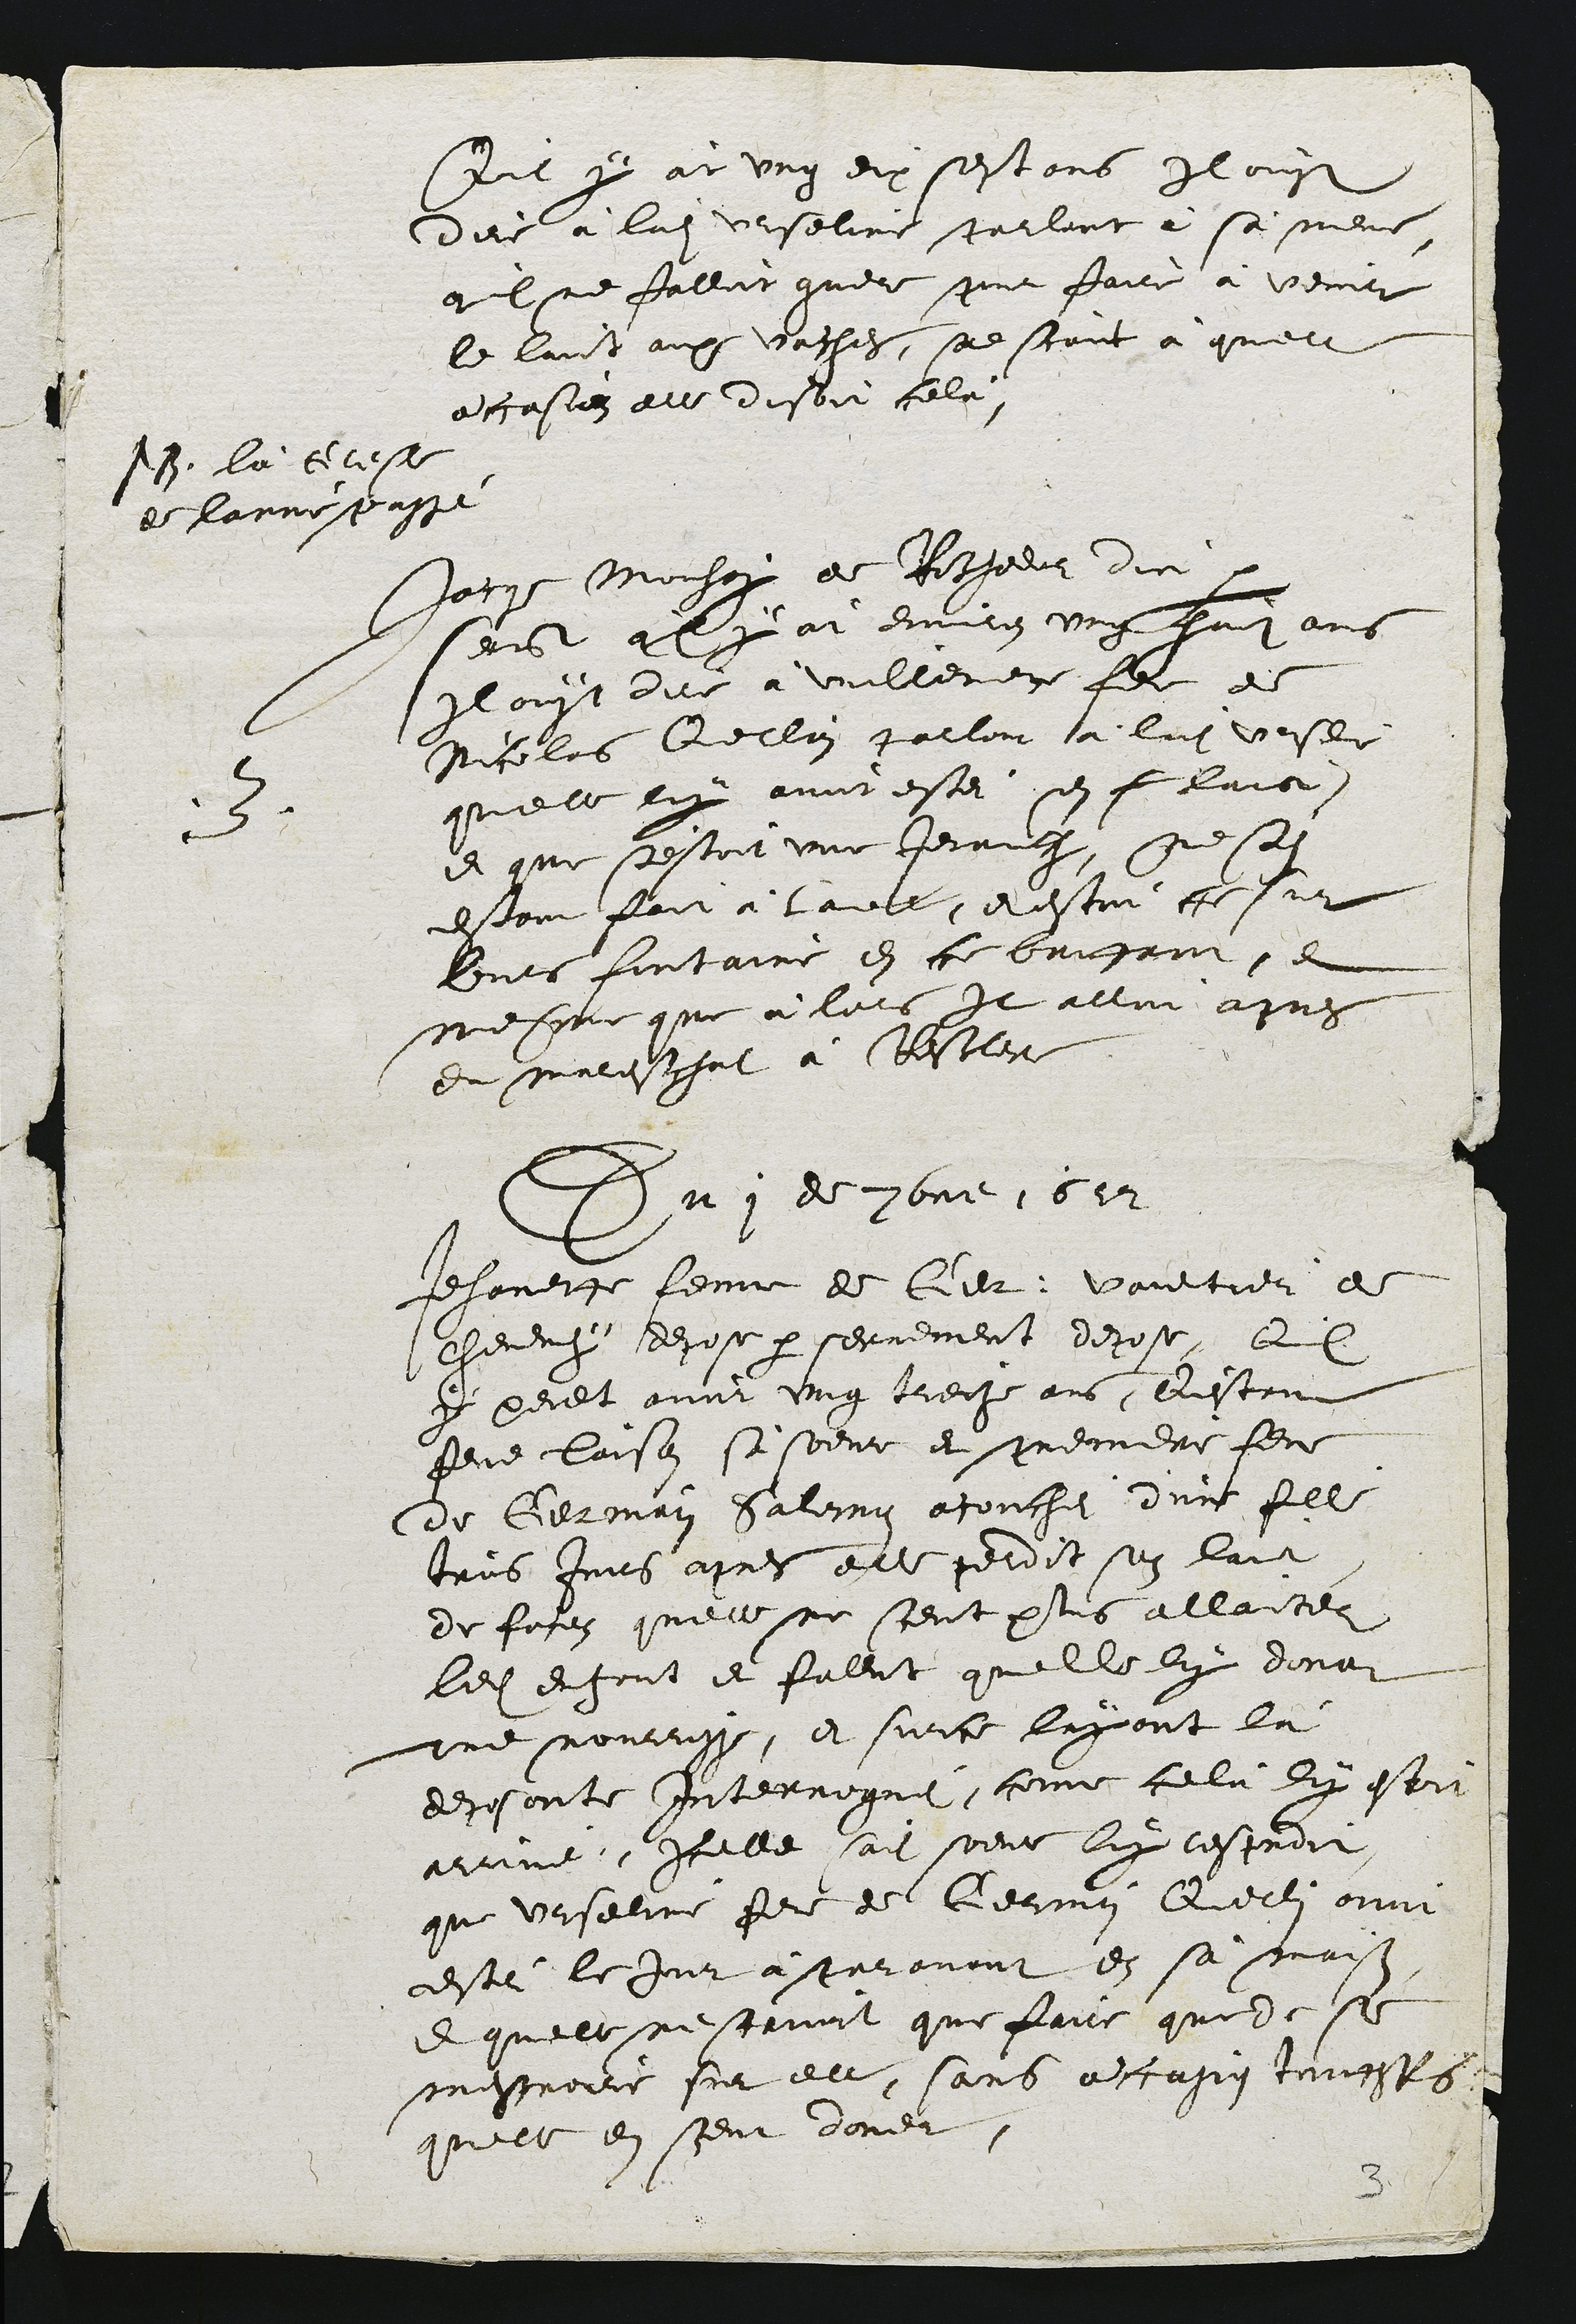
QQil y àt ung dix septans Il ouyt
dire à ladite Urseline parlant à sà mene
quil ne falloit guer pour faire à vecir
le luict aux vaches, ne scane à quell
accasion elle disoit cela

17. là celise
de lanne passe

3
Jarqe Mochay de Rothedor dic
sermit a ly àt environ ung hadians
Il ouyt dire à vulleney fe de
Nicolas Querlain parlon à ladite vrsee
qu'elle luy avoit estei sen f laion
et que s'estoit une Jenruh, nesat
estait fait à laull, et estoit ce sur
leurs fontaine en ce buvtant, et
mesme que à lors Il alloit apres
du mareschat à Restler

Qu 1 de 8bm 1017

Jehanerge feme de lier vaultier de
cheveney depose par serrement depose, El
y peult avoir ung treoze ans, Qestant
feme laison s soeur et premiere feme
de Germain Salemon acouchei d'une fille
tris Jors apres elle perdit son lait
de fosin quelle ne sceut plus allaiter
ledit en fout et fallut quelile luy dona
une nourrisse, et surce layant là
deposante Interroguei, come celà ly esti
arrine, felle sadite soere luy resproit
que Urseline fers de Germin Querlin avoit
estr le Jur à paravant en sa maison
et quelle ne scrmoit que faire que de se
mescreire sur elle, sans acasin toufsfis
quelle en seur doner.

2